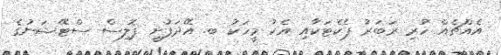
އެއްޗެއް ހުރި ރަބަރު ޕެކެޓަކާއި އެކު މީހަކު ބ. އޭދަފުށީ ޕޮލިސް ސްޓޭޝަނުގެ